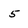
Character: 5